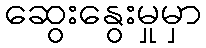
ဆွေးနွေးမှုမှာ